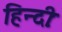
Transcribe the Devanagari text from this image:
हिन्दीः